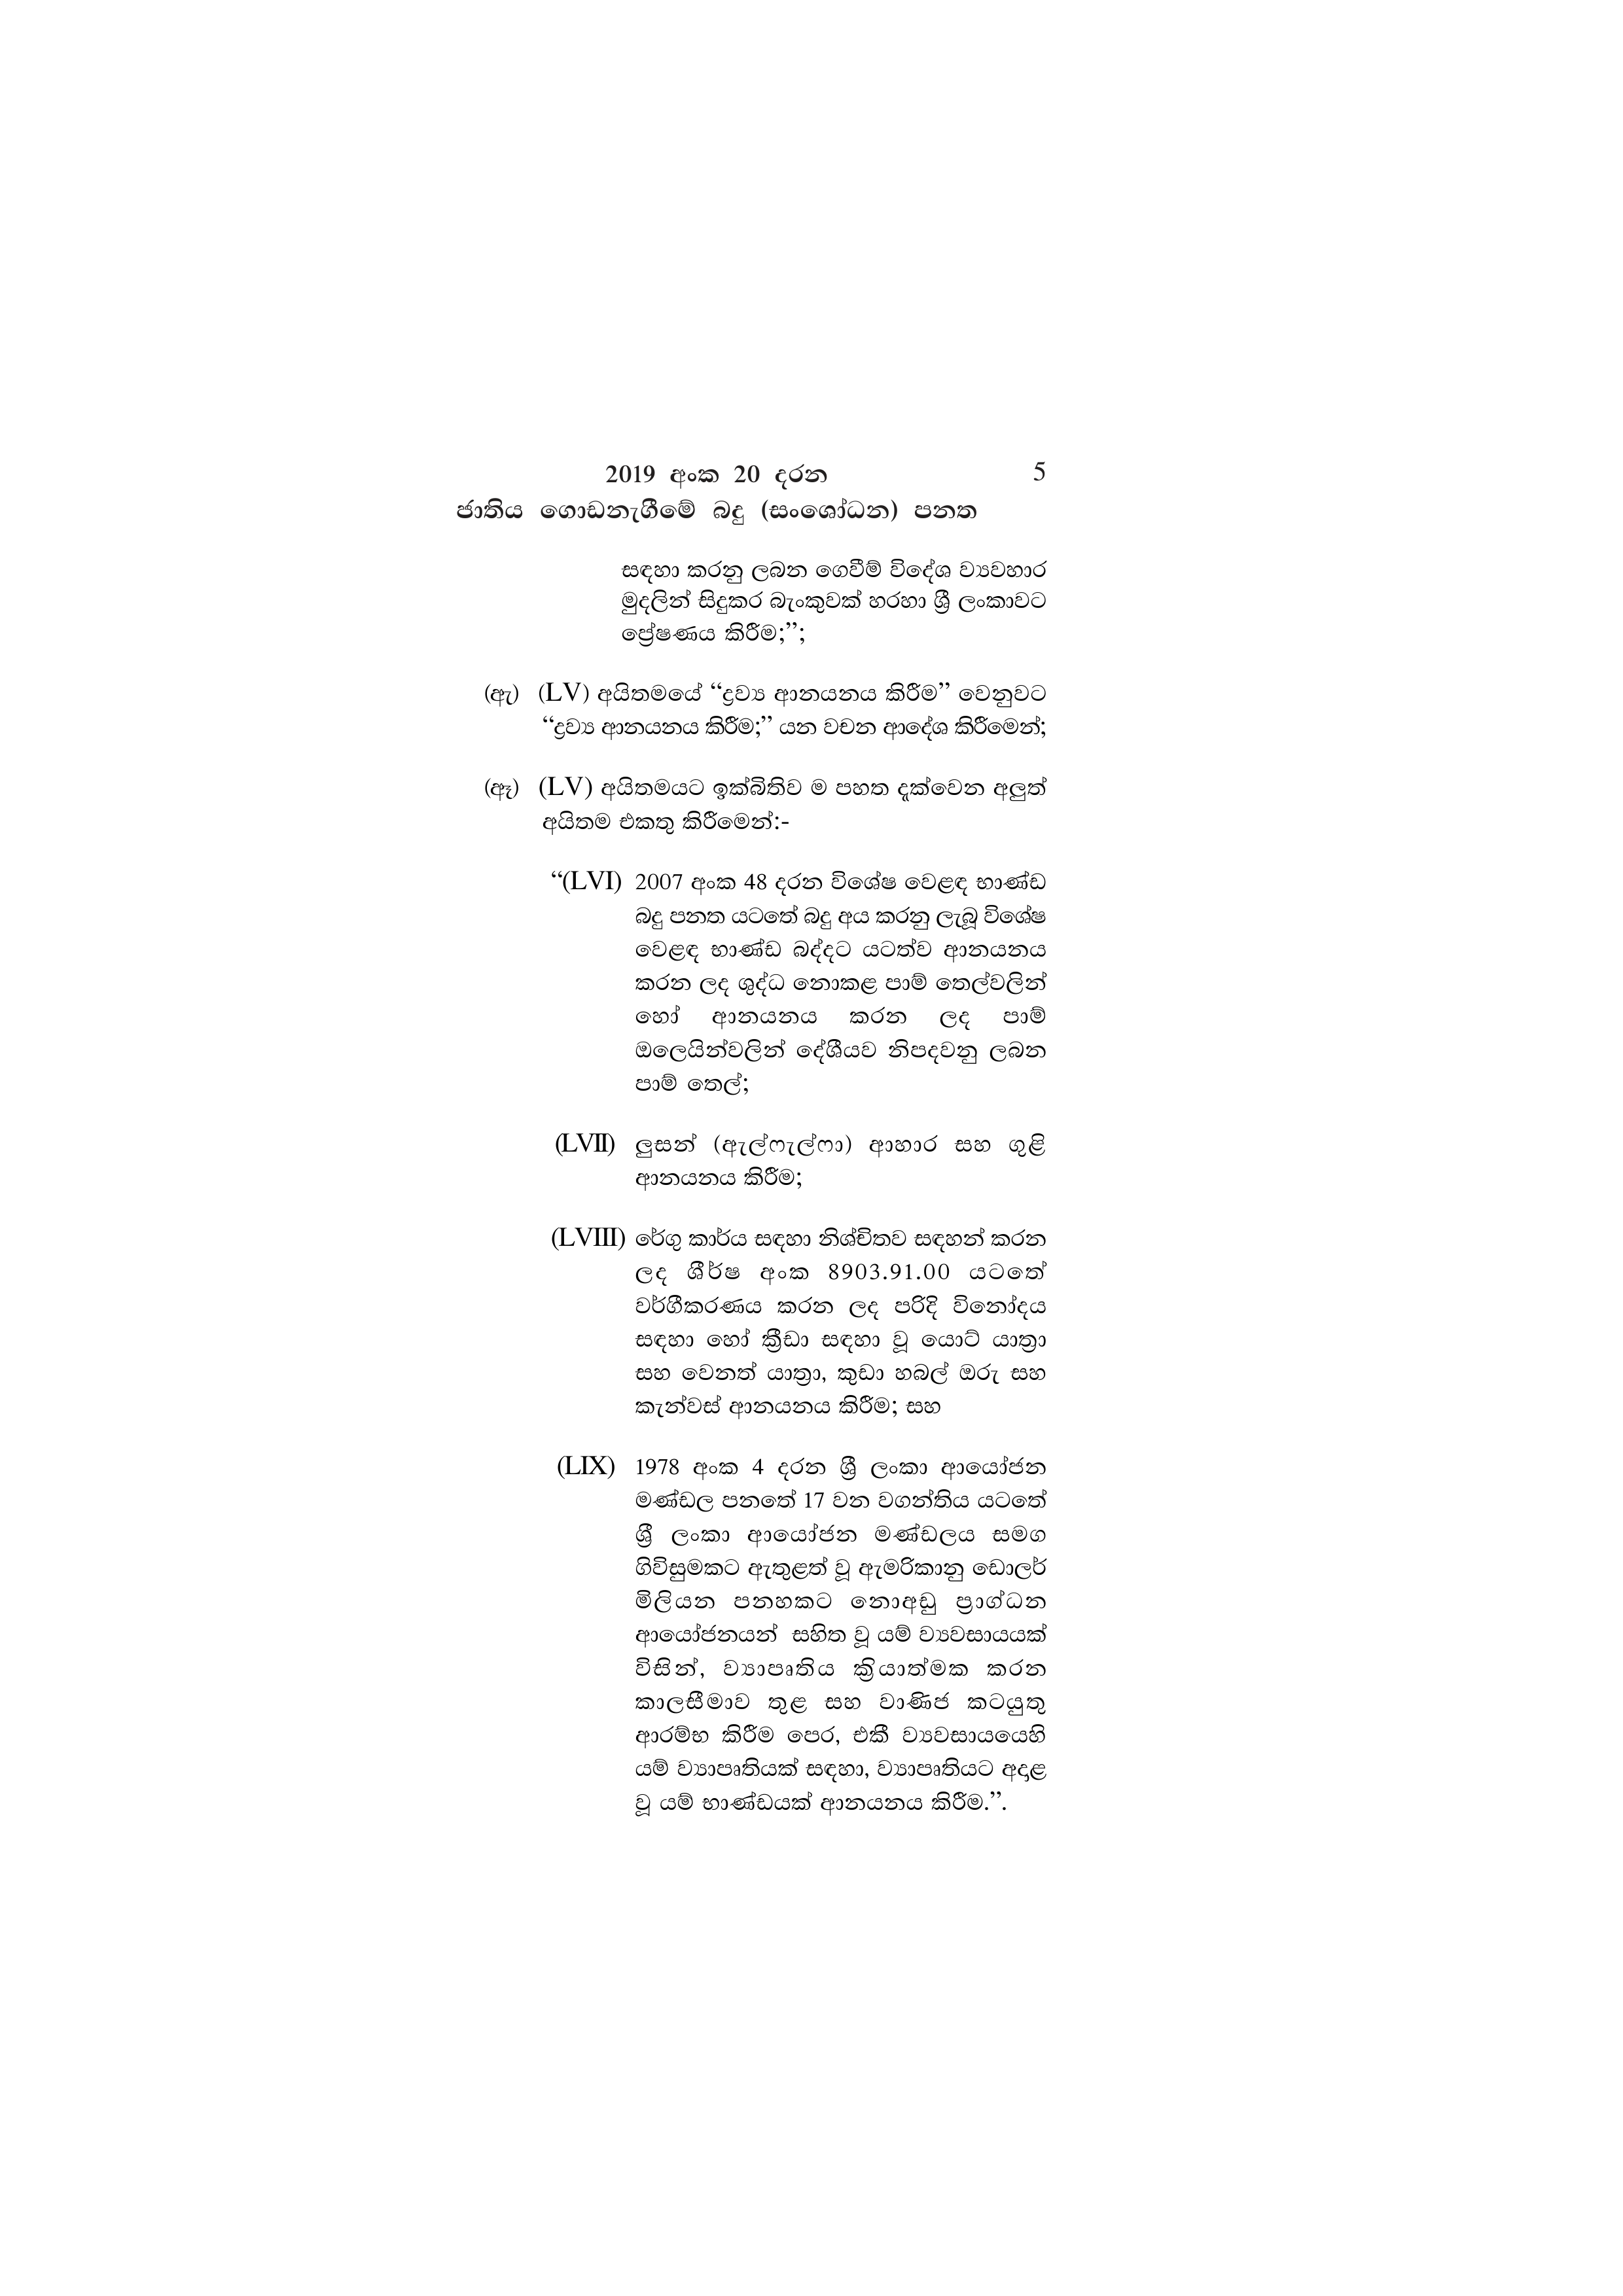
2019 අංක 20 දරන 5
ජාතිය ගොඩනැගීමේ බදු (සංශෝධන) පනත

සඳහා කරනු ලබන ගෙවීම් විදේශ ව්‍යවහාර
මුදලින් සිදුකර බැංකුවක් හරහා ශ්‍රී ලංකාවට
ප්‍රේෂණය කිරීම;";

(ඇ) (LV) අයිතමයේ “ද්‍රව්‍ය ආනයනය කිරීම” වෙනුවට
“ද්‍රව්‍ය ආනයනය කිරීම;” යන වචන ආදේශ කිරීමෙන්;

(ඈ) (LV) අයිතමයට ඉක්බිතිව ම පහත දැක්වෙන අලුත්
අයිතම එකතු කිරීමෙන්:-

“(LVI) 2007 අංක 48 දරන විශේෂ වෙළඳ භාණ්ඩ
බදු පනත යටතේ බදු අය කරනු ලැබූ විශේෂ
වෙළඳ භාණ්ඩ බද්දට යටත්ව ආනයනය
කරන ලද ශුද්ධ නොකළ පාම් තෙල්වලින්
හෝ ආනයනය කරන ලද පාම්
ඔලෙයින්වලින් දේශීයව නිපදවනු ලබන
පාම් තෙල්;

(LVII) ලුසන් (ඇෆැල්ෆා) ආහාර සහ ගුළි
ආනයනය කිරීම;

(LVIII) රේගු කාර්ය සඳහා නිශ්චිතව සඳහන් කරන
ලද ශීර්ෂ අංක 8903.91.00 යටතේ
වර්ගීකරණය කරන ලද පරිදි විනෝදය
සඳහා හෝ ක්‍රීඩා සඳහා වූ යොට් යාත්‍රා
සහ වෙනත් යාත්‍රා, කුඩා හබල් ඔරු සහ
කැන්වස් ආනයනය කිරීම; සහ

(LIX) 1978 අංක 4 දරන ශ්‍රී ලංකා ආයෝජන
මණ්ඩල පනතේ 17 වන වගන්තිය යටතේ
ශ්‍රී ලංකා ආයෝජන මණ්ඩලය සමග
ගිවිසුමකට ඇතුළත් වූ ඇමරිකානු ඩොලර්
මිලියන පනහකට නොඅඩු ප්‍රාග්ධන
ආයෝජනයන් සහිත වූ යම් ව්‍යවසායයක්
විසින්, ව්‍යාපෘතිය ක්‍රියාත්මක කරන
කාලසීමාව තුළ සහ වාණිජ කටයුතු
ආරම්භ කිරීම පෙර, එකී ව්‍යවසායයෙහි
යම් ව්‍යාපෘතියක් සඳහා, ව්‍යාපෘතියට අදාළ
වූ යම් භාණ්ඩයක් ආනයනය කිරීම.”.